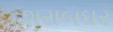
શરાબઘર